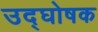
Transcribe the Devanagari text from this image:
उद्‍घोषक